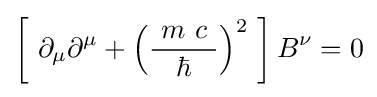
\left[\ \partial _{\mu }\partial ^{\mu }+\left({\frac {\ m\ c\ }{\hbar }}\right)^{2}\ \right]B^{\nu }=0